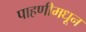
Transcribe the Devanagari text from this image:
पाहणीमधून